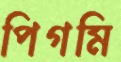
পিগমি